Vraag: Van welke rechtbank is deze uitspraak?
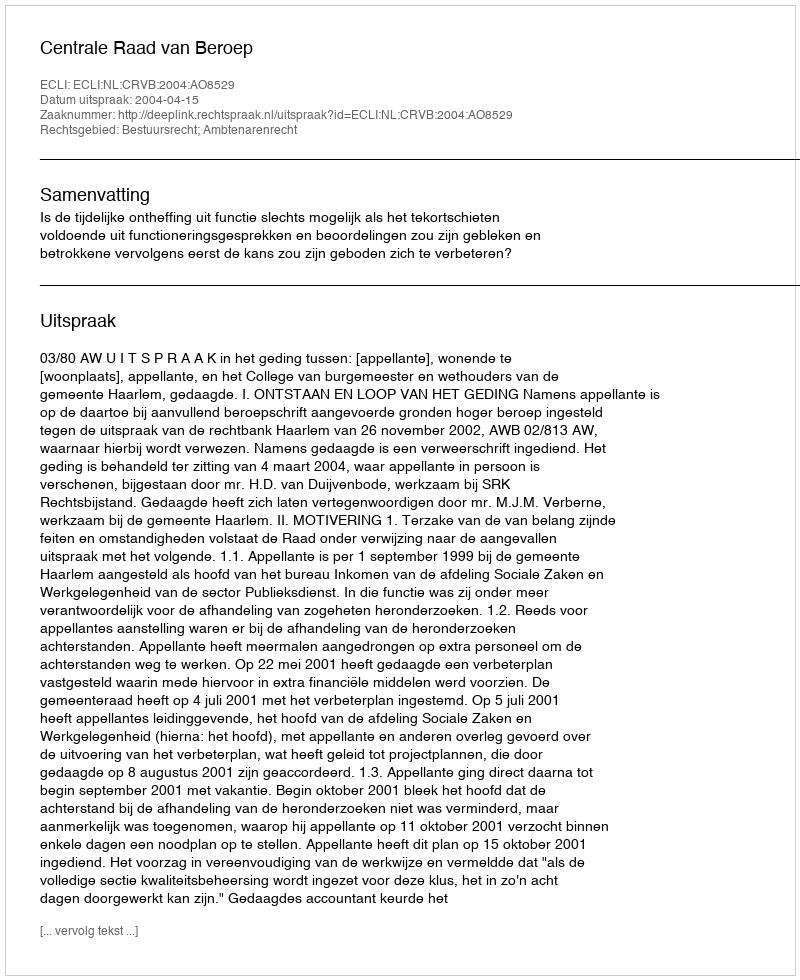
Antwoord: Centrale Raad van Beroep